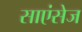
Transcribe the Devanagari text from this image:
साएंसेज